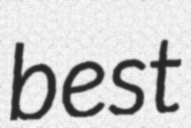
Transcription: best